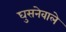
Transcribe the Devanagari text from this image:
घुसनेवाले